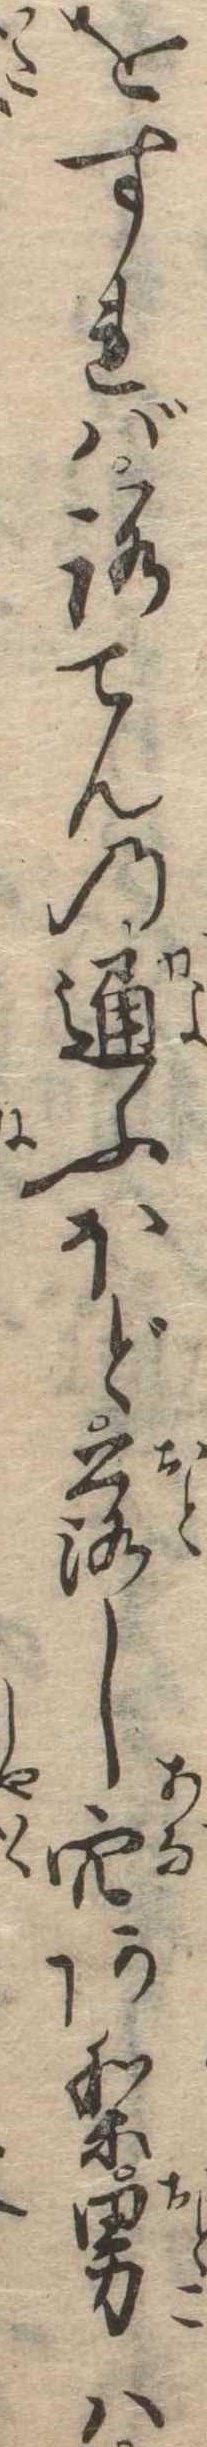
をすればろてんの通ふほど落し穴あり男は